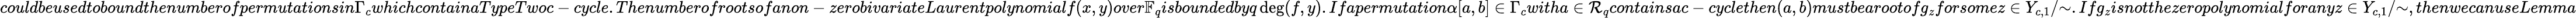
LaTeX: couldbeusedtoboundthenumberofpermutationsin\Gamma_{c}whichcontainaTypeTwoc-cycle.Thenumberofrootsofanon-zerobivariateLaurentpolynomialf(x,y)over\mathbb{F}_{q}isboundedbyq\deg(f,y).Ifapermutation\alpha[a,b]\in\Gamma_{c}witha\in\mathcal{R}_{q}containsac-cyclethen(a,b)mustbearootofg_{z}forsomez\in Y_{c,1}/{\sim}.Ifg_{z}isnotthezeropolynomialforanyz\in Y_{c,1}/{\sim},thenwecanuseLemma